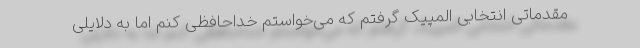
مقدماتی انتخابی المپیک گرفتم که می‌خواستم خداحافظی کنم اما به دلایلی